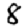
Digit: 8